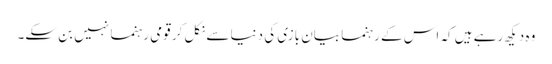
وہ دیکھ رہے ہیں کہ اس کے رہنما بیان بازی کی دنیا سے نکل کر قومی رہنما نہیں بن سکے۔